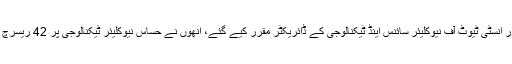
1960 میں ڈاکٹر رفیع نے پاکستان اٹامک انرجی کمیشن میں شمولیت اختیار کی اور انسٹی ٹیوٹ آف نیوکلیئر سائنس اینڈ ٹیکنالوجی کے ڈائریکٹر مقرر کیے گئے، انھوں نے حساس نیوکلیئر ٹیکنالوجی پر 42 ریسرچ پیپر تصنیف کیے اور ان کی سرکردگی میں پی اے آر آر ون ری ایکٹر قائم کیا گیا۔